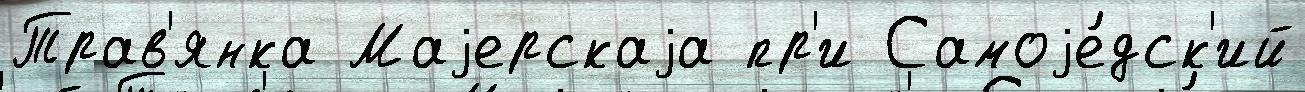
Трав'янка Маjерскаjа пр'и Самоjе́дск'ий